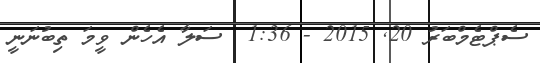
ސެޕްޓެމްބަރު 20